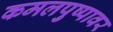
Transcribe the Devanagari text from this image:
कमलपुष्पावर